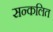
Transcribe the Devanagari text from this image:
सन्कलित